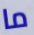
ما